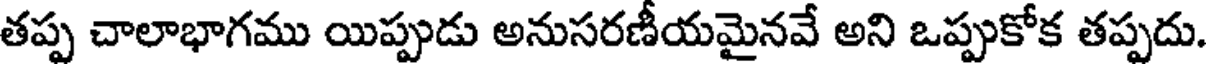
తప్ప చాలాభాగము యిప్పుడు అనుసరణీయమైనవే అని ఒప్పుకోక తప్పదు.